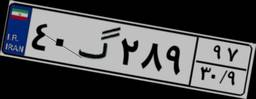
۴۰گ۲۸۹۹۷